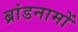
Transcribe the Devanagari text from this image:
ब्रांडनामों